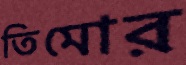
তিমোর